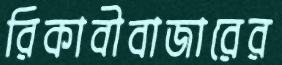
রিকাবীবাজারের